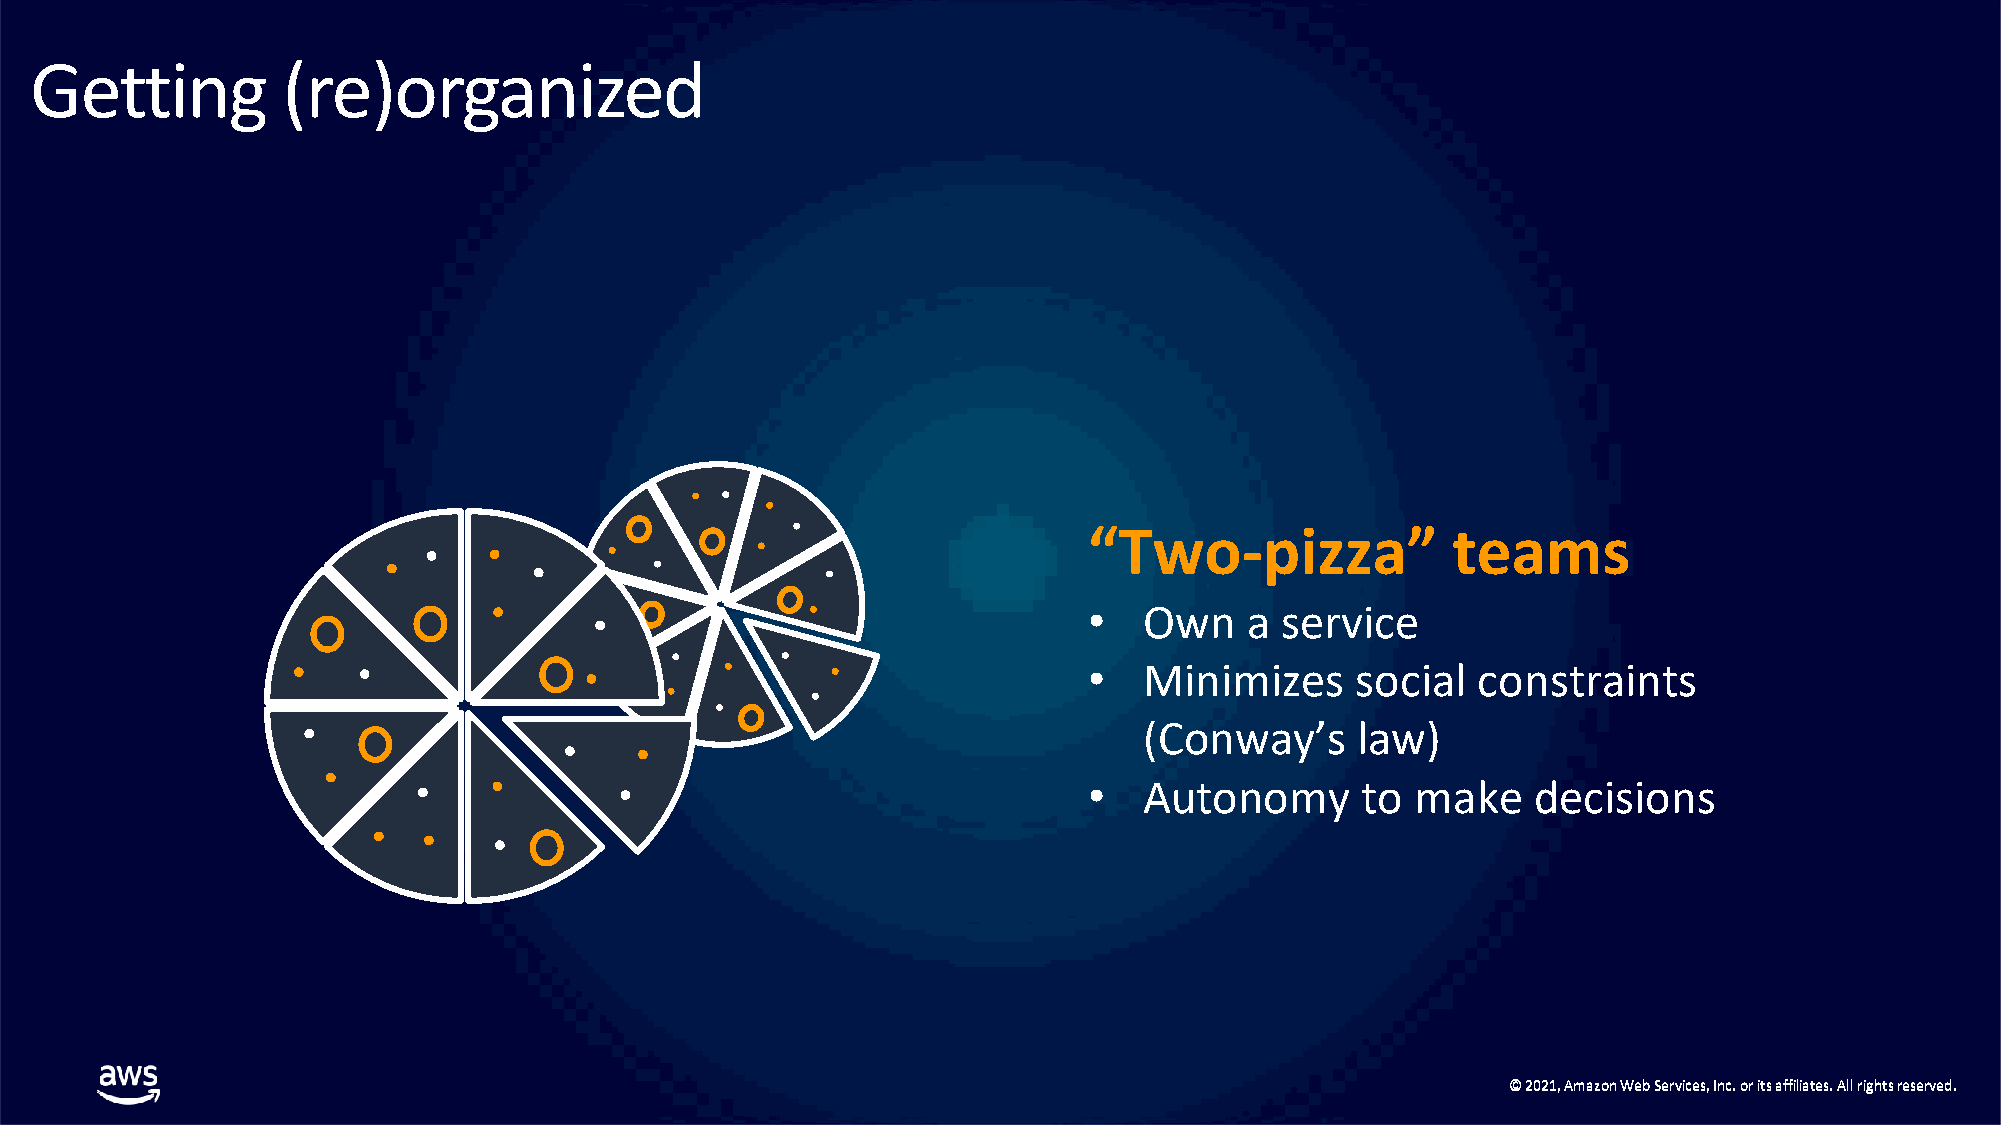
Getting          (re)organized
 “Two-pizza”             teams
 •   Own    a service
 •   Minimizes     social  constraints
 (Conway’s     law)
 •   Autonomy      to  make   decisions
 ©© 22002211,, AAmmaazzoonn WWeebb SSeerrvviicceess,, IInncc.. oorr iittss aaffffiilliiaatteess.. AAllll rriigghhttss rreesseerrvveedd..